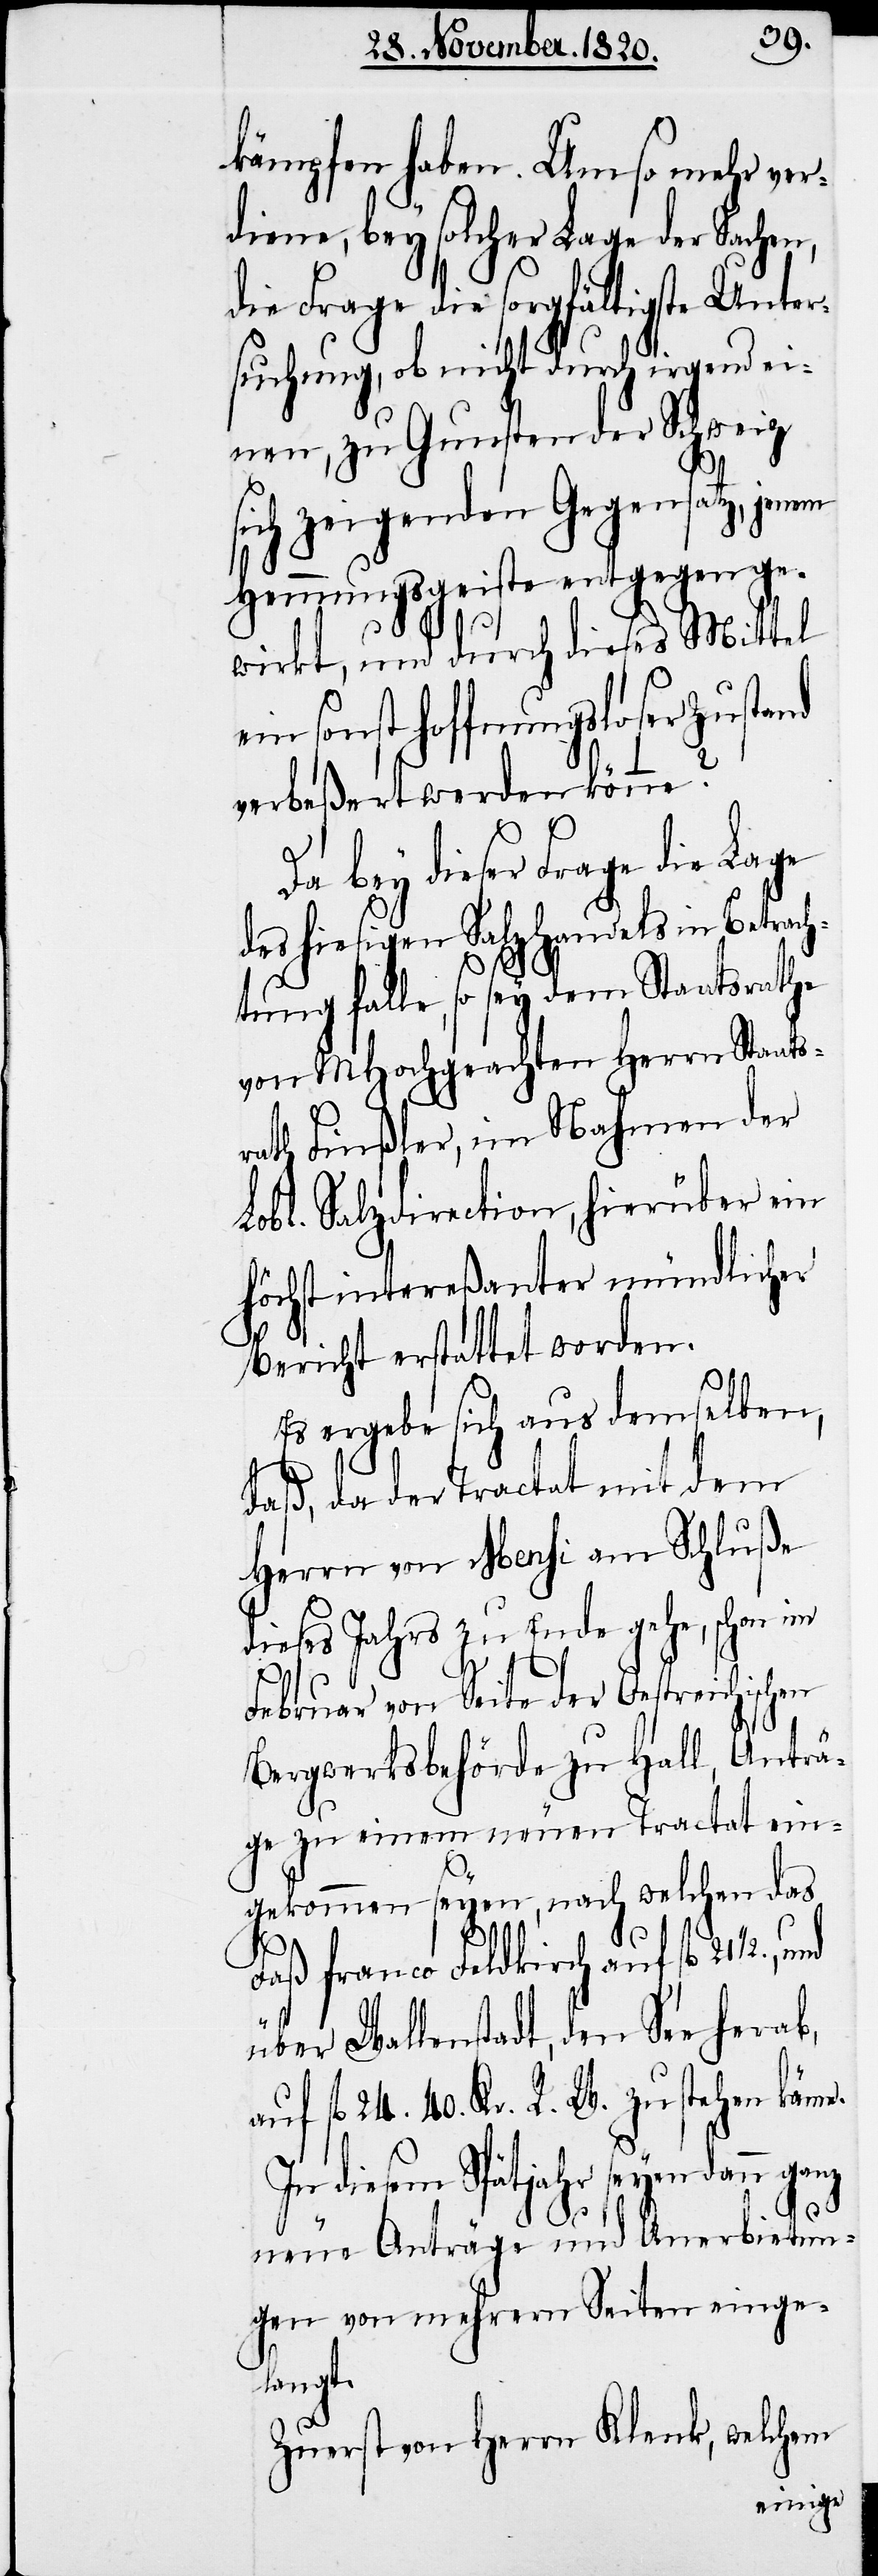
kämpfen haben. Umso mehr ver¬
diene, bey solcher Lage der Sachen,
die Frage die sorgfältigste Unte¬
rsuchung, ob nicht durch irgend ei¬
nen, zu Gunsten der Schweiz
sich zeigenden Gegensatz, jenem
Hemmungsgeiste entgegen ge¬
wirkt, und durch diese Mittel
ein sonst hoffnungsloser Zustand
verbeßert werden könne?
Da bey dieser Frage die Lage
des hiesigen Salzhandels in Betrach¬
tung falle, so sey dem Staatsrathe
von MHochgeachten Herrn Staats¬
rath Finßler, im Nahmen der
Lobl. Salzdirection, hierüber ein
höchst intereßanter mündlicher
Bericht erstattet worden.
Es ergebe sich aus demselben,
daß, da der Tractat mit dem
Herrn von Mensi am Schluße
dieses Jahrs zu Ende gehe, schon im
Februar von Seite der Oestreichischen
Bergwerksbehörde zu Hall, Anträ¬
ge zu einem neuen Tractat ein¬
gekommen seyen, nach welchen das
Faß franco Feldkirch auf fl. 21
über Wallenstadt, den See herab,
auf fl. 214. 40. Kr. R. W. zu stehen käme.
In diesem Spätjahr seyen dann ganz
neue Anträge und Anerbietun¬
gen von mehrern Seiten eingel¬
angt.
Zuerst von Herrn Klenk, welchem